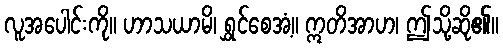
လူအပေါင်းကို။ ဟာသယာမိ၊ ရွှင်စေအံ့။ ဣတိအာဟ၊ ဤသို့ဆို၏။